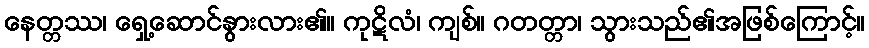
နေတ္တဿ၊ ရှေ့ဆောင်နွားလား၏။ ကုဋိလံ၊ ကျစ်။ ဂတတ္တာ၊ သွားသည်၏အဖြစ်ကြောင့်။